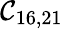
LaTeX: \mathcal{C}_{16,21}